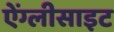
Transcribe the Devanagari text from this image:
ऐंग्लीसाइट